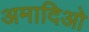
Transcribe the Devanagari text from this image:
अमादिओ